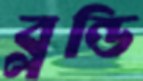
ব্লন্ডি